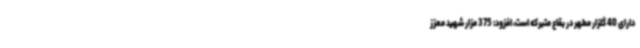
دارای 40 گلزار مطهر در بقاع متبرکه است، افزود: 375 مزار شهید معزز